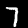
Digit: 7